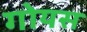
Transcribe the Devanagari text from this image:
गोयस